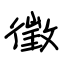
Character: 徵